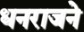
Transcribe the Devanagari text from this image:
धनराजने